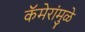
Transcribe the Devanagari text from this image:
कॅमेरांमुळे